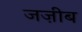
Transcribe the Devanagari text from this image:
जज़ीब